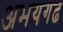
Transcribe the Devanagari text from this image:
अभयगढ